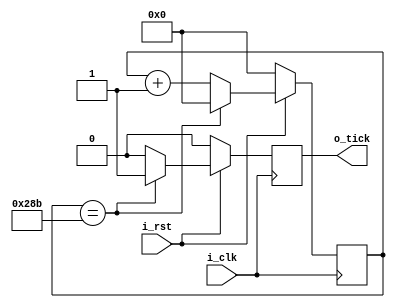
`timescale 1ns / 1ps
//////////////////////////////////////////////////////////////////////////////////
// Company: 
// Engineer: 
// 
// Design Name: 
// Module Name: baud_rate_gen
// Project Name: 
// Target Devices: 
// Tool Versions: 
// Description: 
// 
// Dependencies: 
// 
// Revision:
// Revision 0.01 - File Created
// Additional Comments:
// 
//////////////////////////////////////////////////////////////////////////////////


module baud_rate_gen
#(
    parameter BAUD_RATE = 9600,
    parameter CLK_RATE = 100000000,
    parameter NUM_TICKS = 16 //Division del baudio
)
(
    input i_clk,
	input i_rst,	
	output reg o_tick
);

localparam RATE_CLK_OUT = CLK_RATE / (BAUD_RATE * NUM_TICKS); //Frecuencia de recepcion
// parameter RATE_CLK_OUT = CLK_RATE / (BAUD_RATE * NUM_TICKS * 1000); // debug!
localparam LEN_ACUM = $clog2(RATE_CLK_OUT); //Largo en bits del buffer para generar esa frecuencia de recepcion

reg [LEN_ACUM - 1 : 0] contador = 0;

always @(posedge i_clk) 
begin
	if (!i_rst)
		begin
			contador <= 0;
			o_tick <= 0;
		end
	else
		begin			
			contador <= contador + 1;
			
			if (contador == (RATE_CLK_OUT)) //Contamos hasta lo que queriamos?
				begin
					o_tick <= 1;
					contador <= 0;
				end
			else
			   o_tick <= 0;
		end
end
endmodule